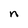
Character: n